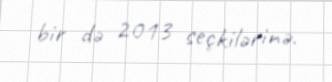
bir də 2013 seçkilərinə.